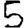
Digit: 5